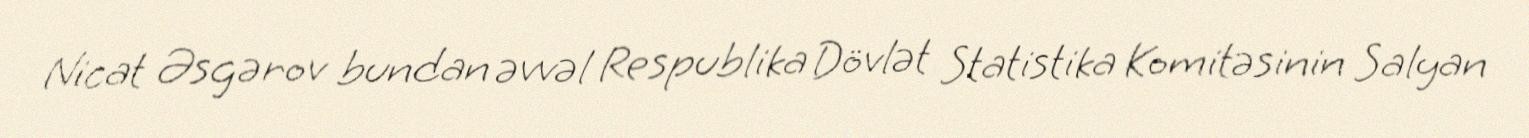
Nicat Əsgərov bundan əvvəl Respublika Dövlət Statistika Komitəsinin Salyan